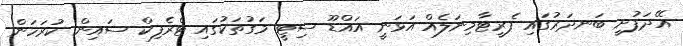
އޭދަފުށީ ބަނދަރުގައި ފެރީޓާމިނަލެއް އަޅަނީ އައްޑޫ ސިޓީ މަގުތަކުގައި ޓްރެފިކް ސައިން ކުރަހަން